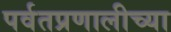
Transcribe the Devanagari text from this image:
पर्वतप्रणालीच्या